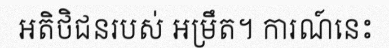
អតិថិជនរបស់ អម្រឹត។ ការណ៍នេះ